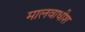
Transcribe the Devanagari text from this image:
मालवाधीश